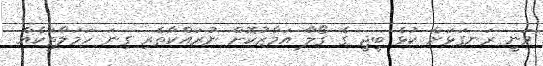
ވަނީ ރަނގަޅަށް ކުޅެ ބީޖީ ގެ ގޯލާ އަމާޒުކޮށް ނުރައްކާތެރި ގިނަ ހަމަލާތަކެއް